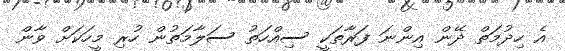
އެ ހިދުމަތް ދޭން އިންނަ ފަރާތަކީ ސިއްހަތު ސަލާމަތުން ހުރި މީހަކަށް ވާން